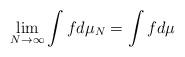
LaTeX: \begin{align*}\lim_{N \rightarrow \infty} \int f d\mu_N = \int f d\mu\end{align*}